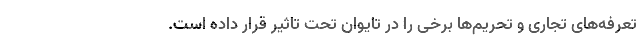
تعرفه‌های تجاری و تحریم‌ها برخی را در تایوان تحت تاثیر قرار داده است.